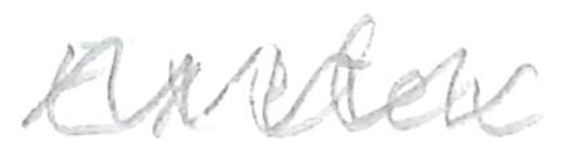
Text: Exeter
Cross-out: zig-zag
Writing tool: pencil